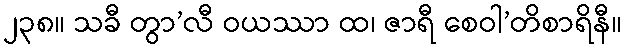
၂၃၈။ သခီ တွာ’လီ ဝယဿာ ထ၊ ဇာရီ စေဝါ’တိစာရိနီ။